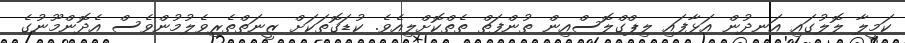
ކަމީލާ ލޮލުގައި އަނދުން އަޅާފައި ލިޕްގްލޮސްއިން ތުންފަތް ތެތްކޮށްލިއެވެ. ކުޑަގޮތަކަށް ޒީނަތްތެރިވެލުމުންވެސް އެދޮންމޫނުގެ